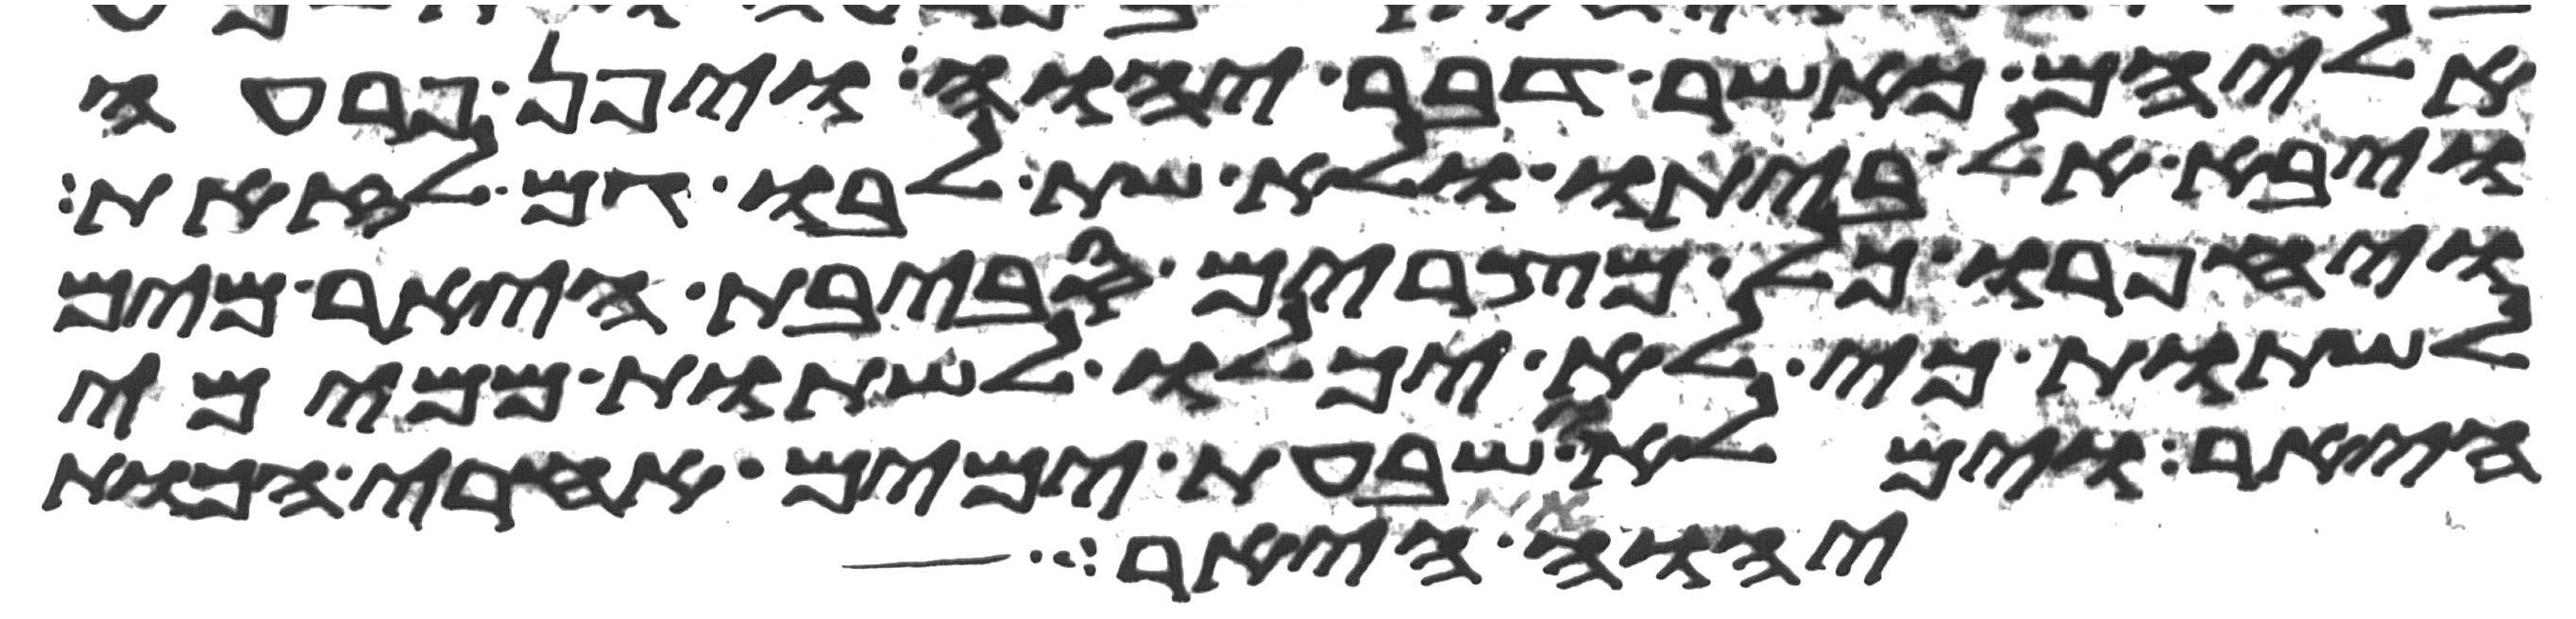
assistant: אליהם כאשר דבר יהוה ויפן פרעה
ויבא אל ביתו ולא שת לבו גם לזאת
ויחפרו כל מצרים סביבת היאר מים
לשתות כי לא יכלו לשתות ממימי
היאר וימלאו שבעת ימים אחרי הכות
יהוה והיא